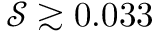
\mathcal { S } \gtrsim 0 . 0 3 3